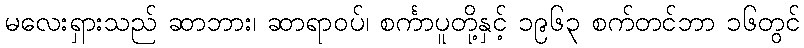
မလေးရှားသည် ဆာဘား၊ ဆာရာဝပ်၊ စင်္ကာပူတို့နှင့် ၁၉၆၃ စက်တင်ဘာ ၁၆တွင်